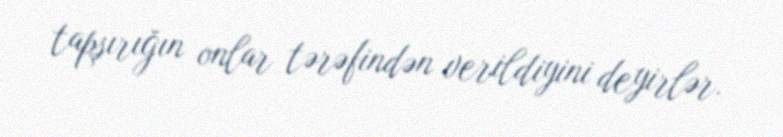
tapşırığın onlar tərəfindən verildiyini deyirlər.